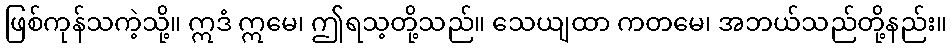
ဖြစ်ကုန်သကဲ့သို့။ ဣဒံ ဣမေ၊ ဤရသ့တို့သည်။ သေယျထာ ကတမေ၊ အဘယ်သည်တို့နည်း။